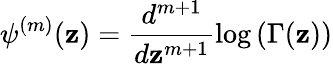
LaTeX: \psi^{(m)}(\mathbf{z})=\frac{{d^{m+1}}}{{d\mathbf{z}^{m+1}}}\log\left(\Gamma(\mathbf{z})\right)